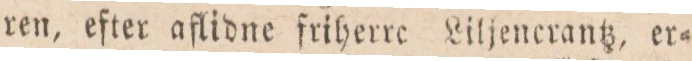
ren, efter aflidne friherre Liljencrantz, er=